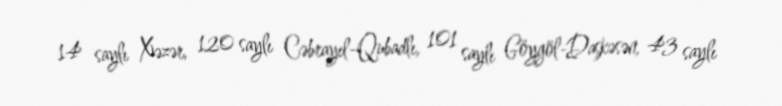
14 saylı Xəzər, 120 saylı Cəbrayıl-Qubadlı, 101 saylı Göygöl-Daşkəsən, 43 saylı